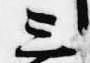
三